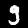
Label: 9